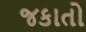
જકાતો